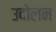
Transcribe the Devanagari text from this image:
उदोलन